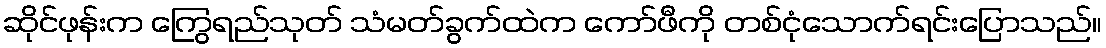
ဆိုင်ဖုန်းက ကြွေရည်သုတ် သံမတ်ခွက်ထဲက ကော်ဖီကို တစ်ငုံသောက်ရင်းပြောသည်။